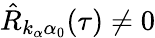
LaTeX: \hat{R}_{k_{\alpha}\alpha_{0}}(\tau)\ne 0